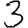
Digit: 3